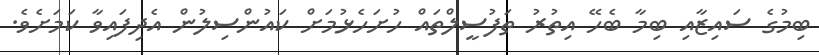
ބިމުގެ ސައިޒާއި ބިމާ ބެހޭ އިތުރު ތަފުސީލްތައް ހުށަހެޅުމަށް ކައުންސިލުން އެދިފައިވާ ކަމަށެވެ.